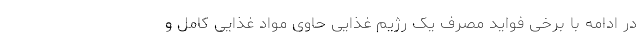
در ادامه با برخی فواید مصرف یک رژیم غذایی حاوی مواد غذایی کامل و